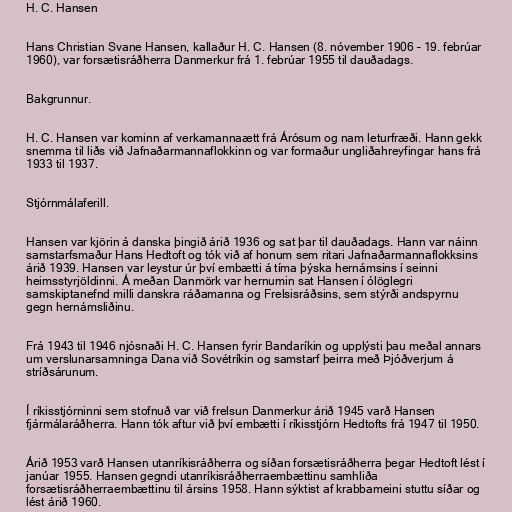
H. C. Hansen

Hans Christian Svane Hansen, kallaður H. C. Hansen (8. nóvember 1906 – 19. febrúar
1960), var forsætisráðherra Danmerkur frá 1. febrúar 1955 til dauðadags.

Bakgrunnur.

H. C. Hansen var kominn af verkamannaætt frá Árósum og nam leturfræði. Hann gekk
snemma til liðs við Jafnaðarmannaflokkinn og var formaður ungliðahreyfingar hans frá
1933 til 1937.

Stjórnmálaferill.

Hansen var kjörin á danska þingið árið 1936 og sat þar til dauðadags. Hann var náinn
samstarfsmaður Hans Hedtoft og tók við af honum sem ritari Jafnaðarmannaflokksins
árið 1939. Hansen var leystur úr því embætti á tíma þýska hernámsins í seinni
heimsstyrjöldinni. Á meðan Danmörk var hernumin sat Hansen í ólöglegri
samskiptanefnd milli danskra ráðamanna og Frelsisráðsins, sem stýrði andspyrnu
gegn hernámsliðinu.

Frá 1943 til 1946 njósnaði H. C. Hansen fyrir Bandaríkin og upplýsti þau meðal annars
um verslunarsamninga Dana við Sovétríkin og samstarf þeirra með Þjóðverjum á
stríðsárunum.

Í ríkisstjórninni sem stofnuð var við frelsun Danmerkur árið 1945 varð Hansen
fjármálaráðherra. Hann tók aftur við því embætti í ríkisstjórn Hedtofts frá 1947 til 1950.

Árið 1953 varð Hansen utanríkisráðherra og síðan forsætisráðherra þegar Hedtoft lést í
janúar 1955. Hansen gegndi utanríkisráðherraembættinu samhliða
forsætisráðherraembættinu til ársins 1958. Hann sýktist af krabbameini stuttu síðar og
lést árið 1960.